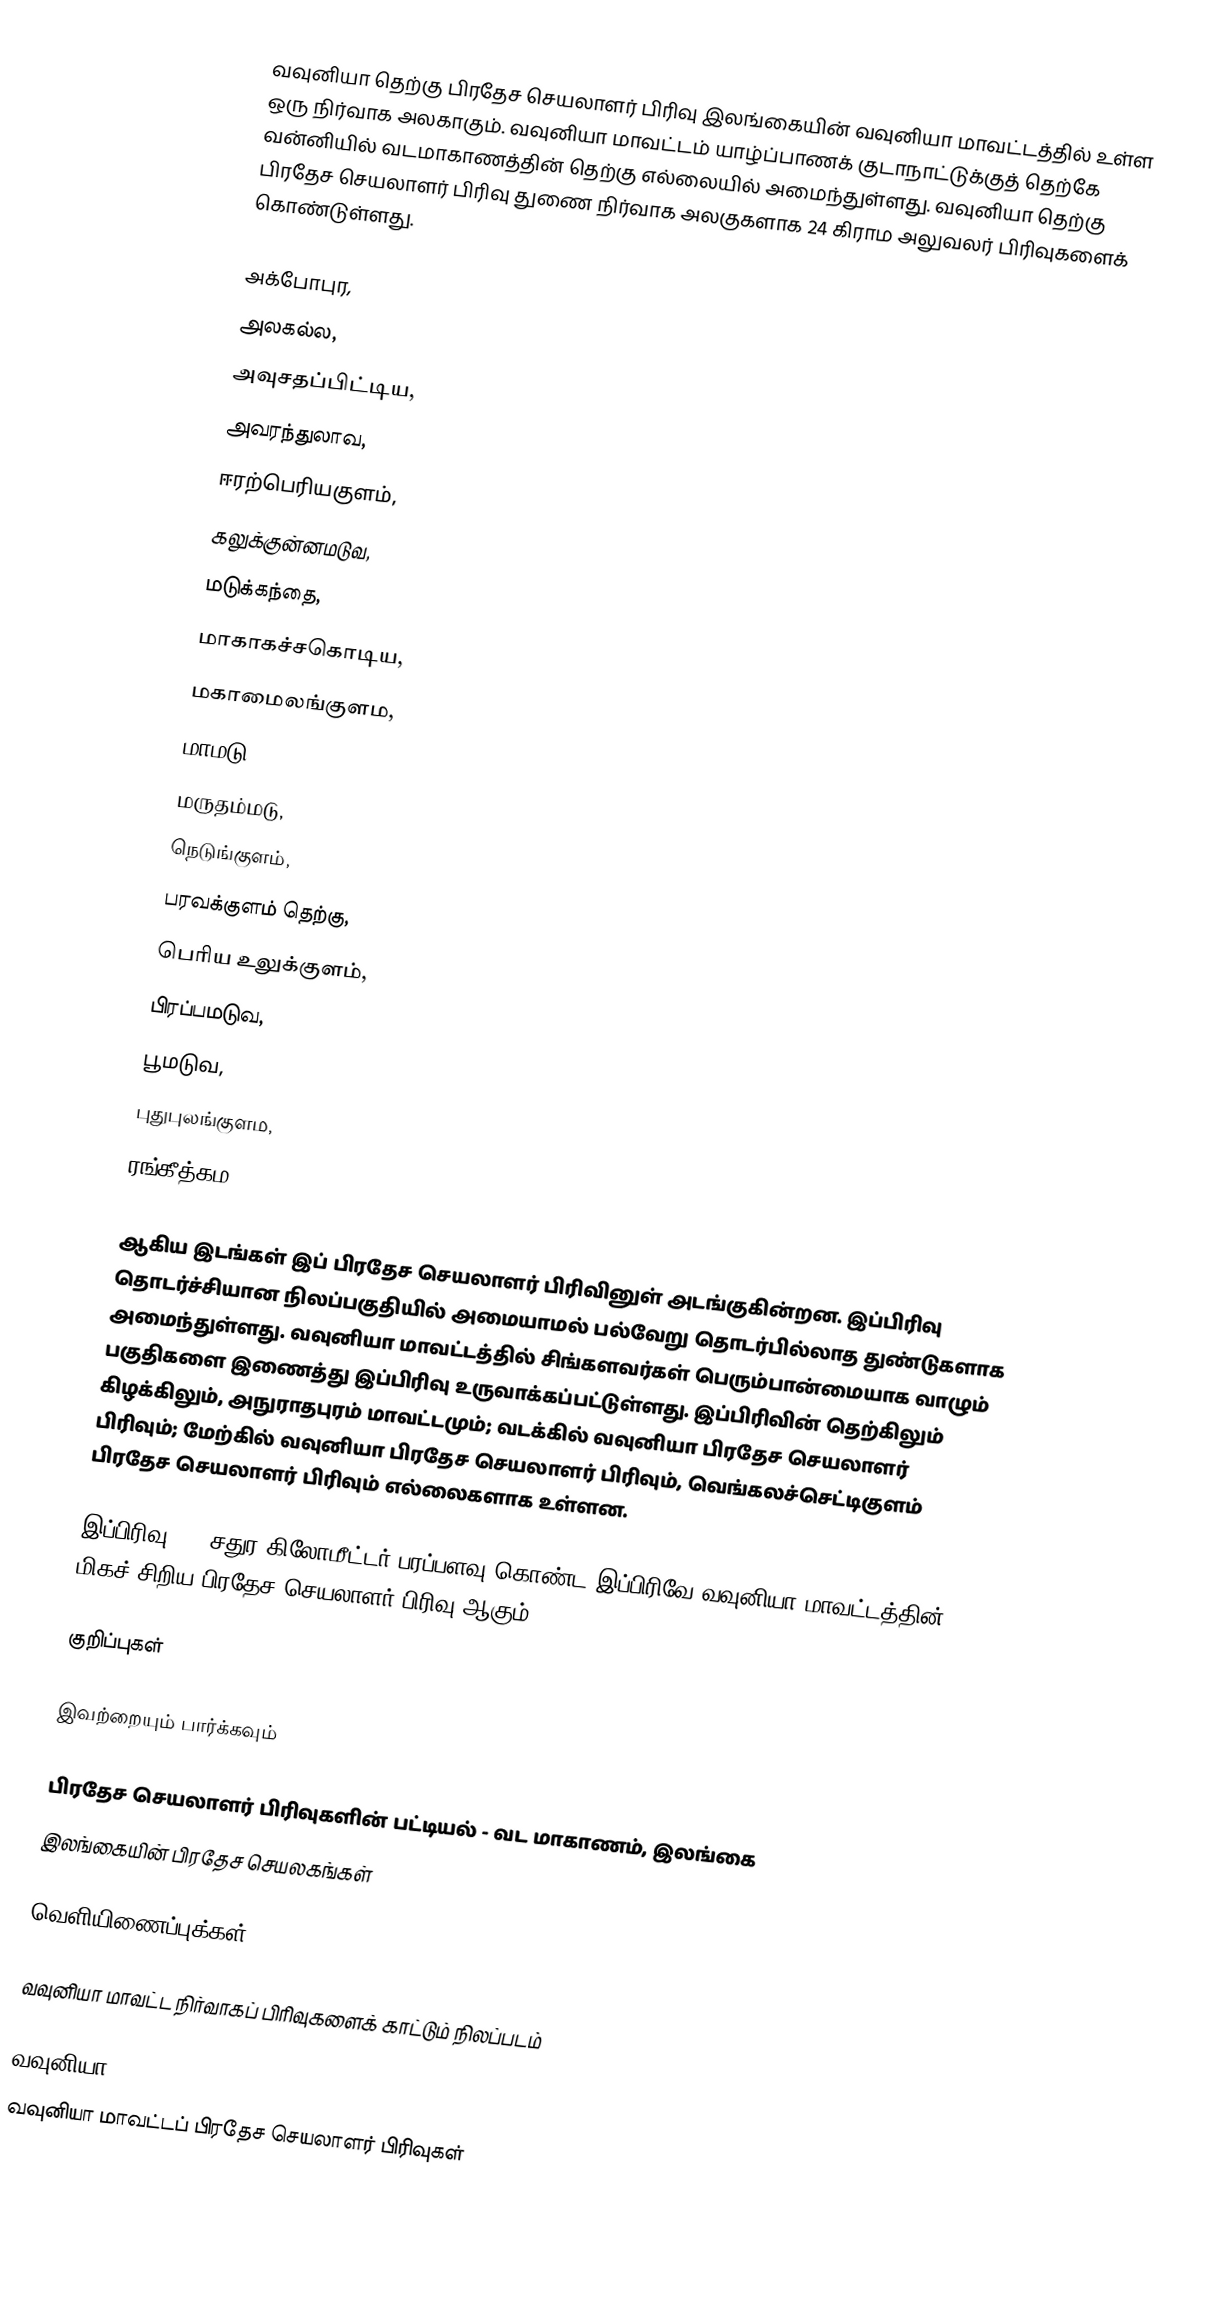
வவுனியா தெற்கு பிரதேச செயலாளர் பிரிவு இலங்கையின் வவுனியா மாவட்டத்தில் உள்ள ஒரு நிர்வாக அலகாகும். வவுனியா மாவட்டம் யாழ்ப்பாணக் குடாநாட்டுக்குத் தெற்கே வன்னியில் வடமாகாணத்தின் தெற்கு எல்லையில் அமைந்துள்ளது. வவுனியா தெற்கு பிரதேச செயலாளர் பிரிவு துணை நிர்வாக அலகுகளாக 24 கிராம அலுவலர் பிரிவுகளைக் கொண்டுள்ளது.

 அக்போபுர,
 அலகல்ல,
 அவுசதப்பிட்டிய,
 அவரந்துலாவ,
 ஈரற்பெரியகுளம்,
 கலுக்குன்னமடுவ,
 மடுக்கந்தை,
 மாகாகச்சகொடிய,
 மகாமைலங்குளம,
 மாமடு,
 மருதம்மடு,
 நெடுங்குளம்,
 பரவக்குளம் தெற்கு,
 பெரிய உலுக்குளம்,
 பிரப்பமடுவ,
 பூமடுவ,
 புதுபுலங்குளம,
 ரங்கீத்கம,

ஆகிய இடங்கள் இப் பிரதேச செயலாளர் பிரிவினுள் அடங்குகின்றன. இப்பிரிவு தொடர்ச்சியான நிலப்பகுதியில் அமையாமல் பல்வேறு தொடர்பில்லாத துண்டுகளாக அமைந்துள்ளது. வவுனியா மாவட்டத்தில் சிங்களவர்கள் பெரும்பான்மையாக வாழும் பகுதிகளை இணைத்து இப்பிரிவு உருவாக்கப்பட்டுள்ளது. இப்பிரிவின் தெற்கிலும் கிழக்கிலும், அநுராதபுரம் மாவட்டமும்; வடக்கில் வவுனியா பிரதேச செயலாளர் பிரிவும்; மேற்கில் வவுனியா பிரதேச செயலாளர் பிரிவும், வெங்கலச்செட்டிகுளம் பிரதேச செயலாளர் பிரிவும் எல்லைகளாக உள்ளன.

இப்பிரிவு 200 சதுர கிலோமீட்டர் பரப்பளவு கொண்ட இப்பிரிவே வவுனியா மாவட்டத்தின் மிகச் சிறிய பிரதேச செயலாளர் பிரிவு ஆகும்..

குறிப்புகள்

இவற்றையும் பார்க்கவும்

 பிரதேச செயலாளர் பிரிவுகளின் பட்டியல் - வட மாகாணம், இலங்கை
 இலங்கையின் பிரதேச செயலகங்கள்

வெளியிணைப்புக்கள்

 வவுனியா மாவட்ட நிர்வாகப் பிரிவுகளைக் காட்டும் நிலப்படம்

வவுனியா
வவுனியா மாவட்டப் பிரதேச செயலாளர் பிரிவுகள்